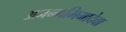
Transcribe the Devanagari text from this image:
अनन्गभिमादेवा